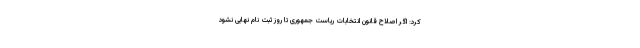
کرد: اگر اصلاح قانون انتخابات ریاست جمهوری تا روز ثبت نام نهایی نشود